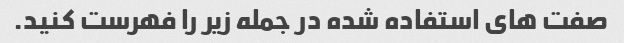
صفت های استفاده شده در جمله زیر را فهرست کنید.